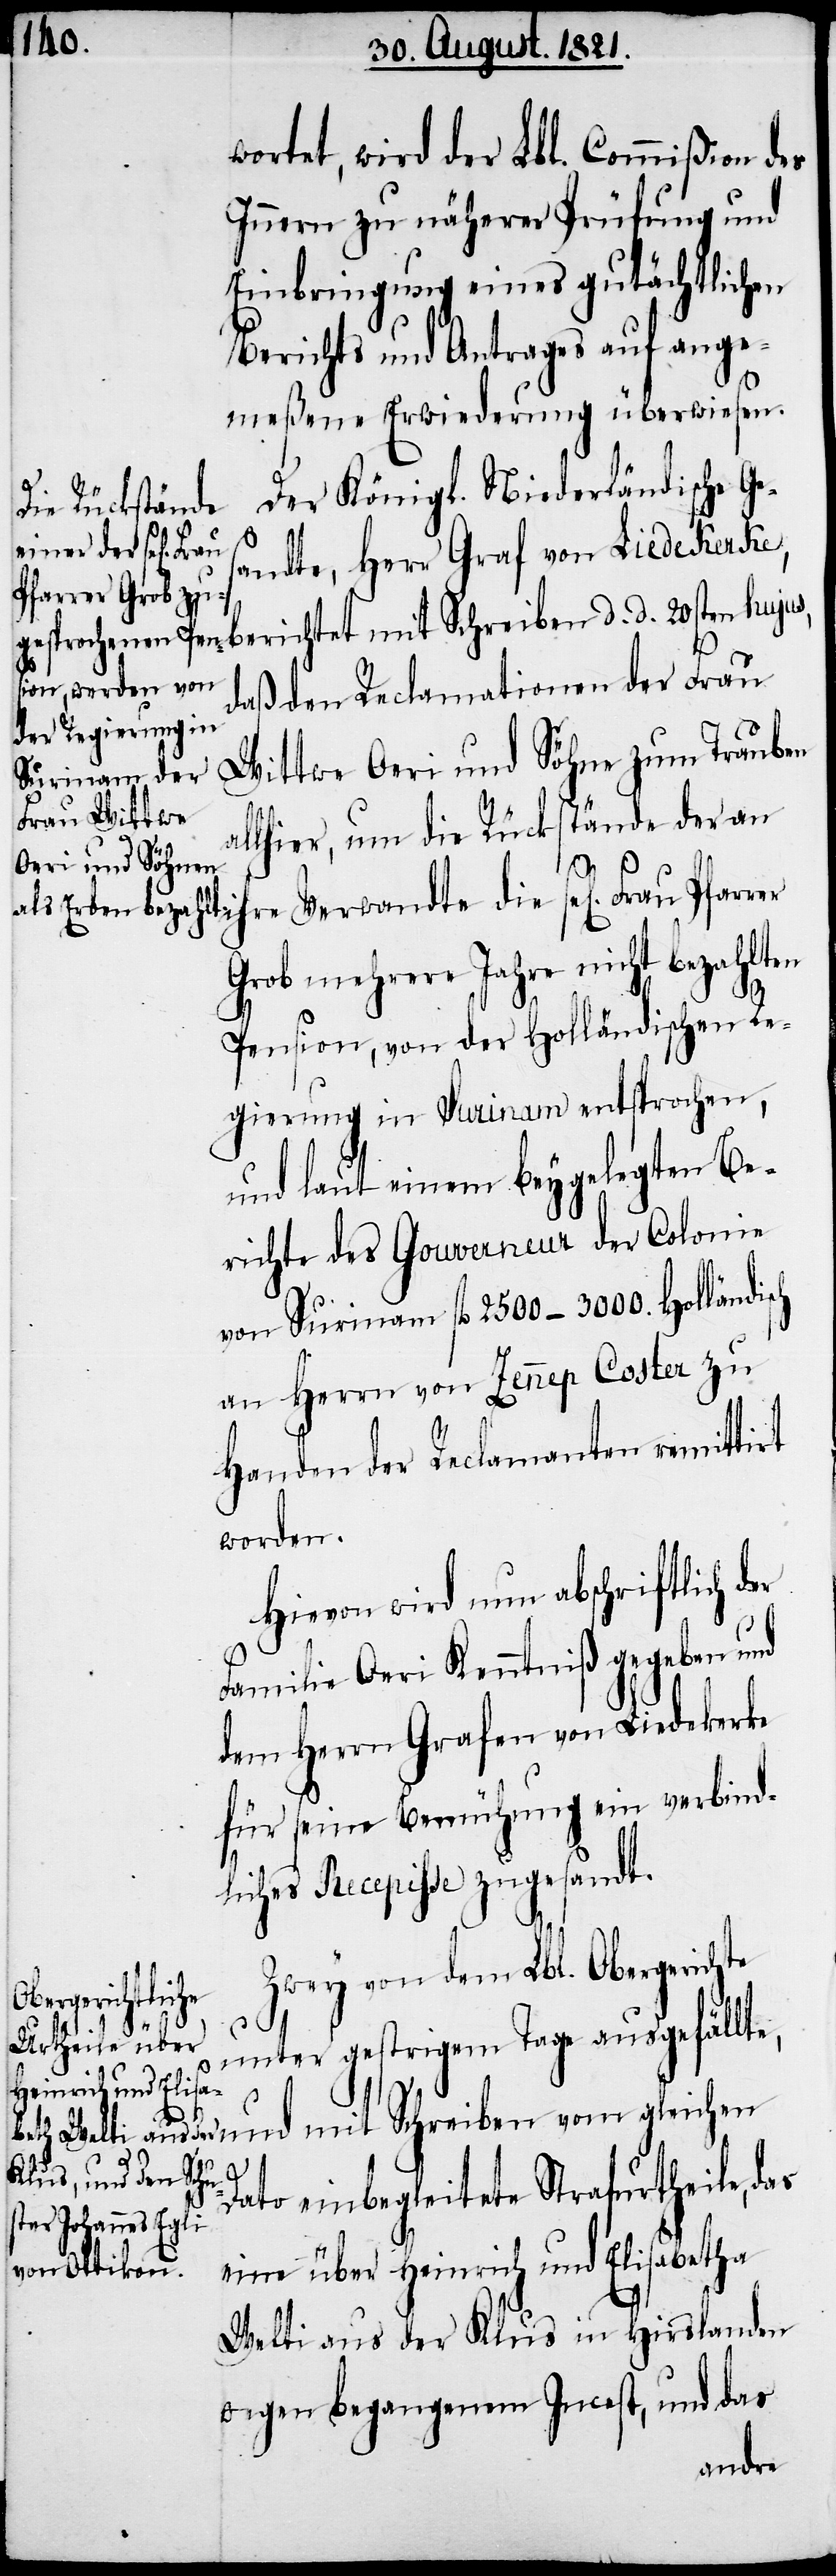
wortet, wird der Lbl. Commißion des
Innern zu näherer Prüfung und
Einbringung eines gutächtlichen
Berichts und Antrages auf ange¬
meßene Erwiederung überwiesen.
Der Königl. Niederländische Ge¬
sandte, Herr Graf von Liedekerke,
daß den Reclamationen der Frau
Wittwe Oeri und Söhne zum Trauben
Frau Pfarrer
allhier, um die Rückstände der an
Grob mehrere Jahre nicht bezahlten
Pension, von der Holländischen Re¬
gierung in Surinam entsprochen,
und laut einem beygelegten Be¬
richte des Gouverneur der Colonie
von Surinam fl. 2500–3000. Holländisch
an Herrn von Zennep Coster zu
Handen der Reclamanten remittirt
worden.
Hievon wird nun abschriftlich der
Familie Oeri Kenntniß gegeben und
dem Herrn Grafen von Liedekerke
für seine Bemühung ein verbind¬
liches Recepisse zugesandt.